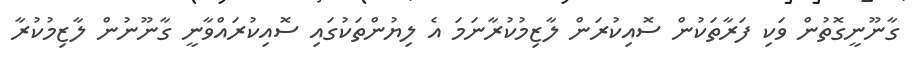
ގާނޫނީގޮތުން ވަކި ފަރާތަކުން ސޮއިކުރަން ލާޒިމުކުރާނަމަ އެ ލިޔުންތަކުގައި ސޮއިކުރައްވާނީ ގާނޫނުން ލާޒިމުކުރާ